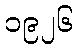
၁၉၂၆